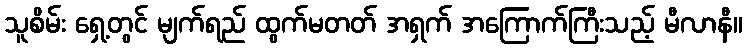
သူစိမ်း ရှေ့တွင် မျက်ရည် ထွက်မတတ် အရှက် အကြောက်ကြီးသည့် မီလာနီ။